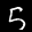
Label: 5